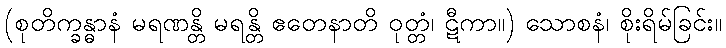
(စုတိက္ခန္ဓာနံ မရဏန္တိ မရန္တိ ဧတေနာတိ ဝုတ္တံ၊ ဋီကာ။) သောစနံ၊ စိုးရိမ်ခြင်း။